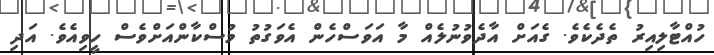
ހުއްޓާލިއިރު ތެދެކެވެ. ގެއަށް އާދެވުނުލެއް މާ އަވަސްހެން އެވަގުތު މުސްކާންއަށްވެސް ހީވިއެވެ. އަދި